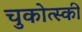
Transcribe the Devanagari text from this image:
चुकोत्स्की